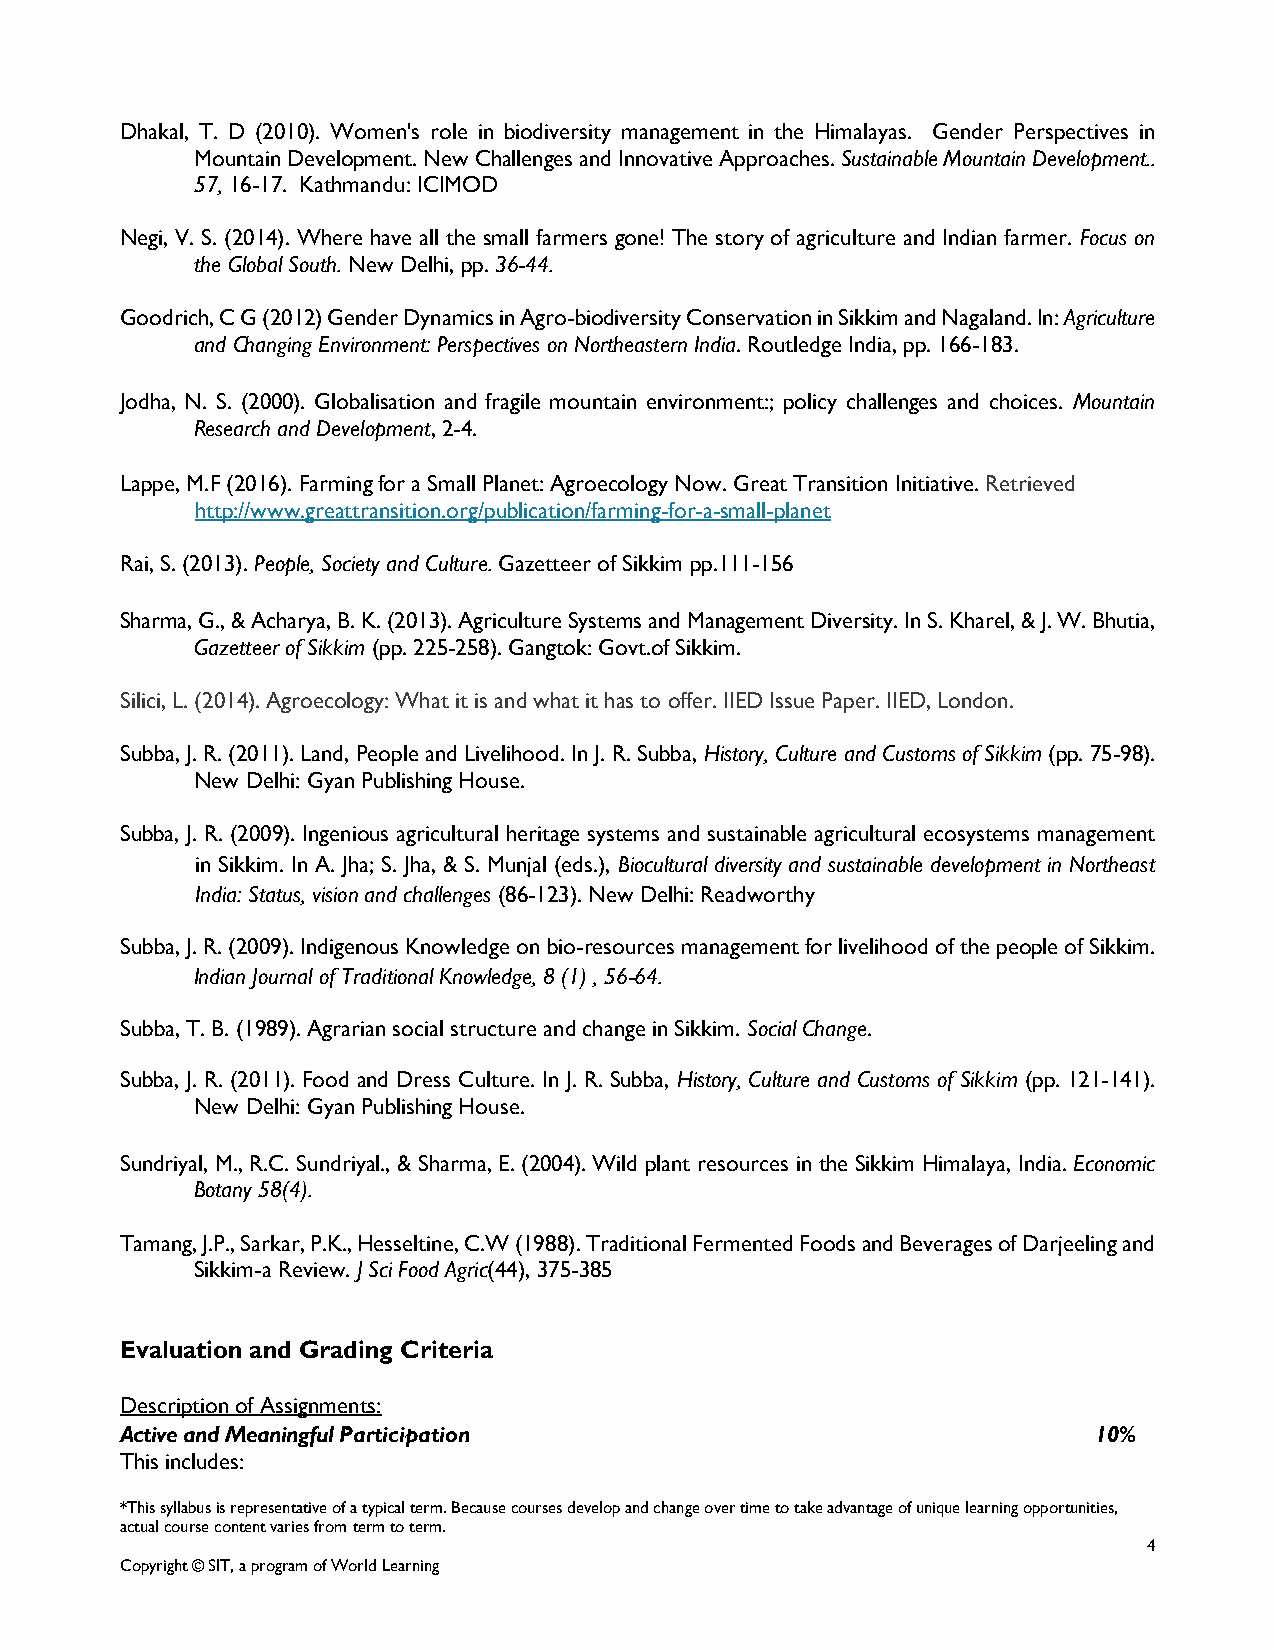
Dhakal, T. D (2010). Women's role in biodiversity management in the Himalayas. Gender Perspectives in
 Mountain Development. New Challenges and Innovative Approaches. Sustainable Mountain Development..
 57, 16-17. Kathmandu: ICIMOD
 Negi, V. S. (2014). Where have all the small farmers gone! The story of agriculture and Indian farmer. Focus on
 the Global South. New Delhi, pp. 36-44.
 Goodrich, C G (2012) Gender Dynamics in Agro-biodiversity Conservation in Sikkim and Nagaland. In: Agriculture
 and Changing Environment: Perspectives on Northeastern India. Routledge India, pp. 166-183.
 Jodha, N. S. (2000). Globalisation and fragile mountain environment:; policy challenges and choices. Mountain
 Research and Development, 2-4.
 Lappe, M.F (2016). Farming for a Small Planet: Agroecology Now. Great Transition Initiative. Retrieved
 http://www.greattransition.org/publication/farming-for-a-small-planet
 Rai, S. (2013). People, Society and Culture. Gazetteer of Sikkim pp.111-156
 Sharma, G., & Acharya, B. K. (2013). Agriculture Systems and Management Diversity. In S. Kharel, & J. W. Bhutia,
 Gazetteer of Sikkim (pp. 225-258). Gangtok: Govt.of Sikkim.
 Silici, L. (2014). Agroecology: What it is and what it has to offer. IIED Issue Paper. IIED, London.
 Subba, J. R. (2011). Land, People and Livelihood. In J. R. Subba, History, Culture and Customs of Sikkim (pp. 75-98).
 New Delhi: Gyan Publishing House.
 Subba, J. R. (2009). Ingenious agricultural heritage systems and sustainable agricultural ecosystems management
 in Sikkim. In A. Jha; S. Jha, & S. Munjal (eds.), Biocultural diversity and sustainable development in Northeast
 India: Status, vision and challenges (86-123). New Delhi: Readworthy
 Subba, J. R. (2009). Indigenous Knowledge on bio-resources management for livelihood of the people of Sikkim.
 Indian Journal of Traditional Knowledge, 8 (1) , 56-64.
 Subba, T. B. (1989). Agrarian social structure and change in Sikkim. Social Change.
 Subba, J. R. (2011). Food and Dress Culture. In J. R. Subba, History, Culture and Customs of Sikkim (pp. 121-141).
 New Delhi: Gyan Publishing House.
 Sundriyal, M., R.C. Sundriyal., & Sharma, E. (2004). Wild plant resources in the Sikkim Himalaya, India. Economic
 Botany 58(4).
 Tamang, J.P., Sarkar, P.K., Hesseltine, C.W (1988). Traditional Fermented Foods and Beverages of Darjeeling and
 Sikkim-a Review. J Sci Food Agric(44), 375-385
 Evaluation and Grading Criteria
 Description of Assignments:
 Active and Meaningful Participation                              10%
 This includes:
 *This syllabus is representative of a typical term. Because courses develop and change over time to take advantage of unique learning opportunities,
 actual course content varies from term to term.
 4
 Copyright © SIT, a program of World Learning